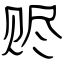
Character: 赆